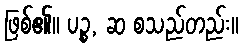
ဖြစ်၏။ ပဉ္စ, ဆ စသည်တည်း။